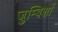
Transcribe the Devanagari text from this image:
जुम्बिशों